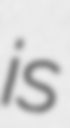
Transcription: is